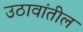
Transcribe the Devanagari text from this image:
उठावांतील